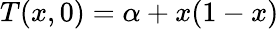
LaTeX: T(x,0)=\alpha+x(1-x)